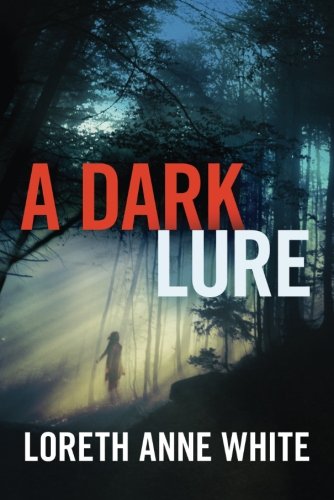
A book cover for A Dark Lure; Loreth Anne White; Romance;